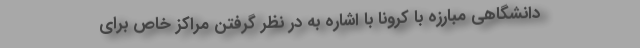
دانشگاهی مبارزه با کرونا با اشاره به در نظر گرفتن مراکز خاص برای